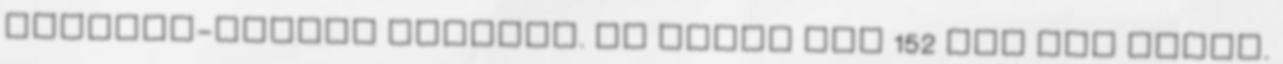
Gergely-naptár szerint. Az évből még 152 nap van hátra.